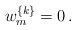
LaTeX: \begin{align*}\displaystyle{ w^{\{k\}}_m=0\,. }\end{align*}